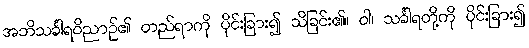
အဘိသင်္ခါရဝိညာဉ်၏ တည်ရာကို ပိုင်းခြား၍ သိခြင်း၏။ ဝါ၊ သင်္ခါရတို့ကို ပိုင်းခြား၍